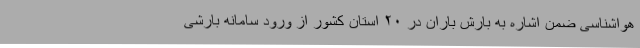
هواشناسی ضمن اشاره به بارش باران در ۲۰ استان کشور از ورود سامانه بارشی